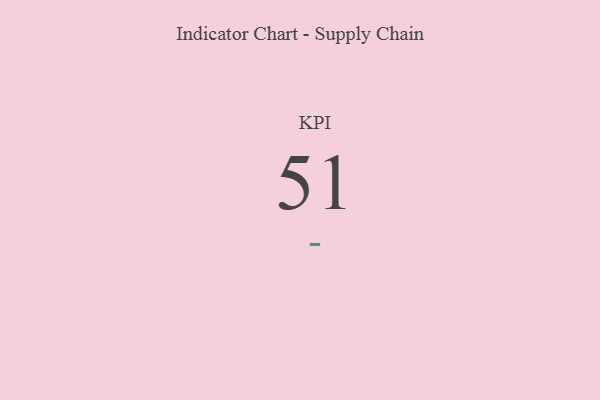
{"axis": {"x": "KPI", "y": "Value"}, "legend": [""], "data": [{"x": "KPI", "y": 51, "type": ""}]}